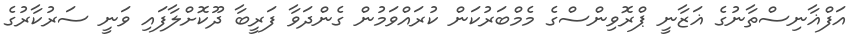
އަފްޣާނިސްތާނުގެ ޣަޒާނީ ޕްރޮވިންސްގެ މެމްބަރުކަން ކުރައްވަމުން ގެންދަވާ ފަރީބާ ދޫކޮށްލާފައި ވަނީ ސަރުކާރުގެ